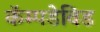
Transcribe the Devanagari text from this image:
कॅम्पडेविड